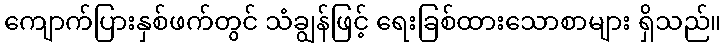
ကျောက်ပြားနှစ်ဖက်တွင် သံချွန်ဖြင့် ရေးခြစ်ထားသောစာများ ရှိသည်။